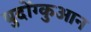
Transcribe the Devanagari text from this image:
बुदोंग्कुआन